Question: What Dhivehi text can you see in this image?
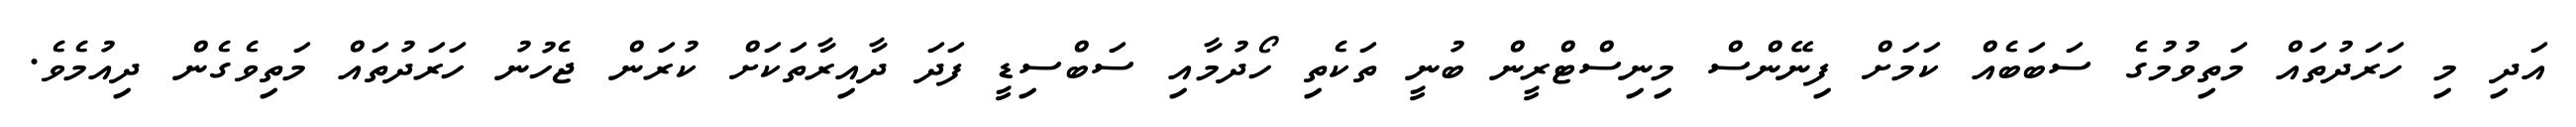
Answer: އަދި މި ހަރަދުތައް މަތިވުމުގެ ސަބަބެއް ކަމަށް ފިނޭންސް މިނިސްޓްރީން ބުނީ ތަކެތި ހޯދުމާއި ސަބްސިޑީ ފަދަ ދާއިރާތަކަށް ކުރަން ޖެހުނު ހަރަދުތައް މަތިވެގެން ދިއުމެވެ.